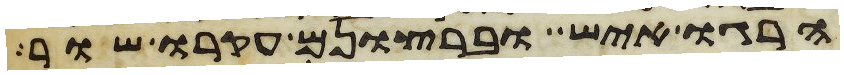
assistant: הרגו איש וברצונם עקרו שור